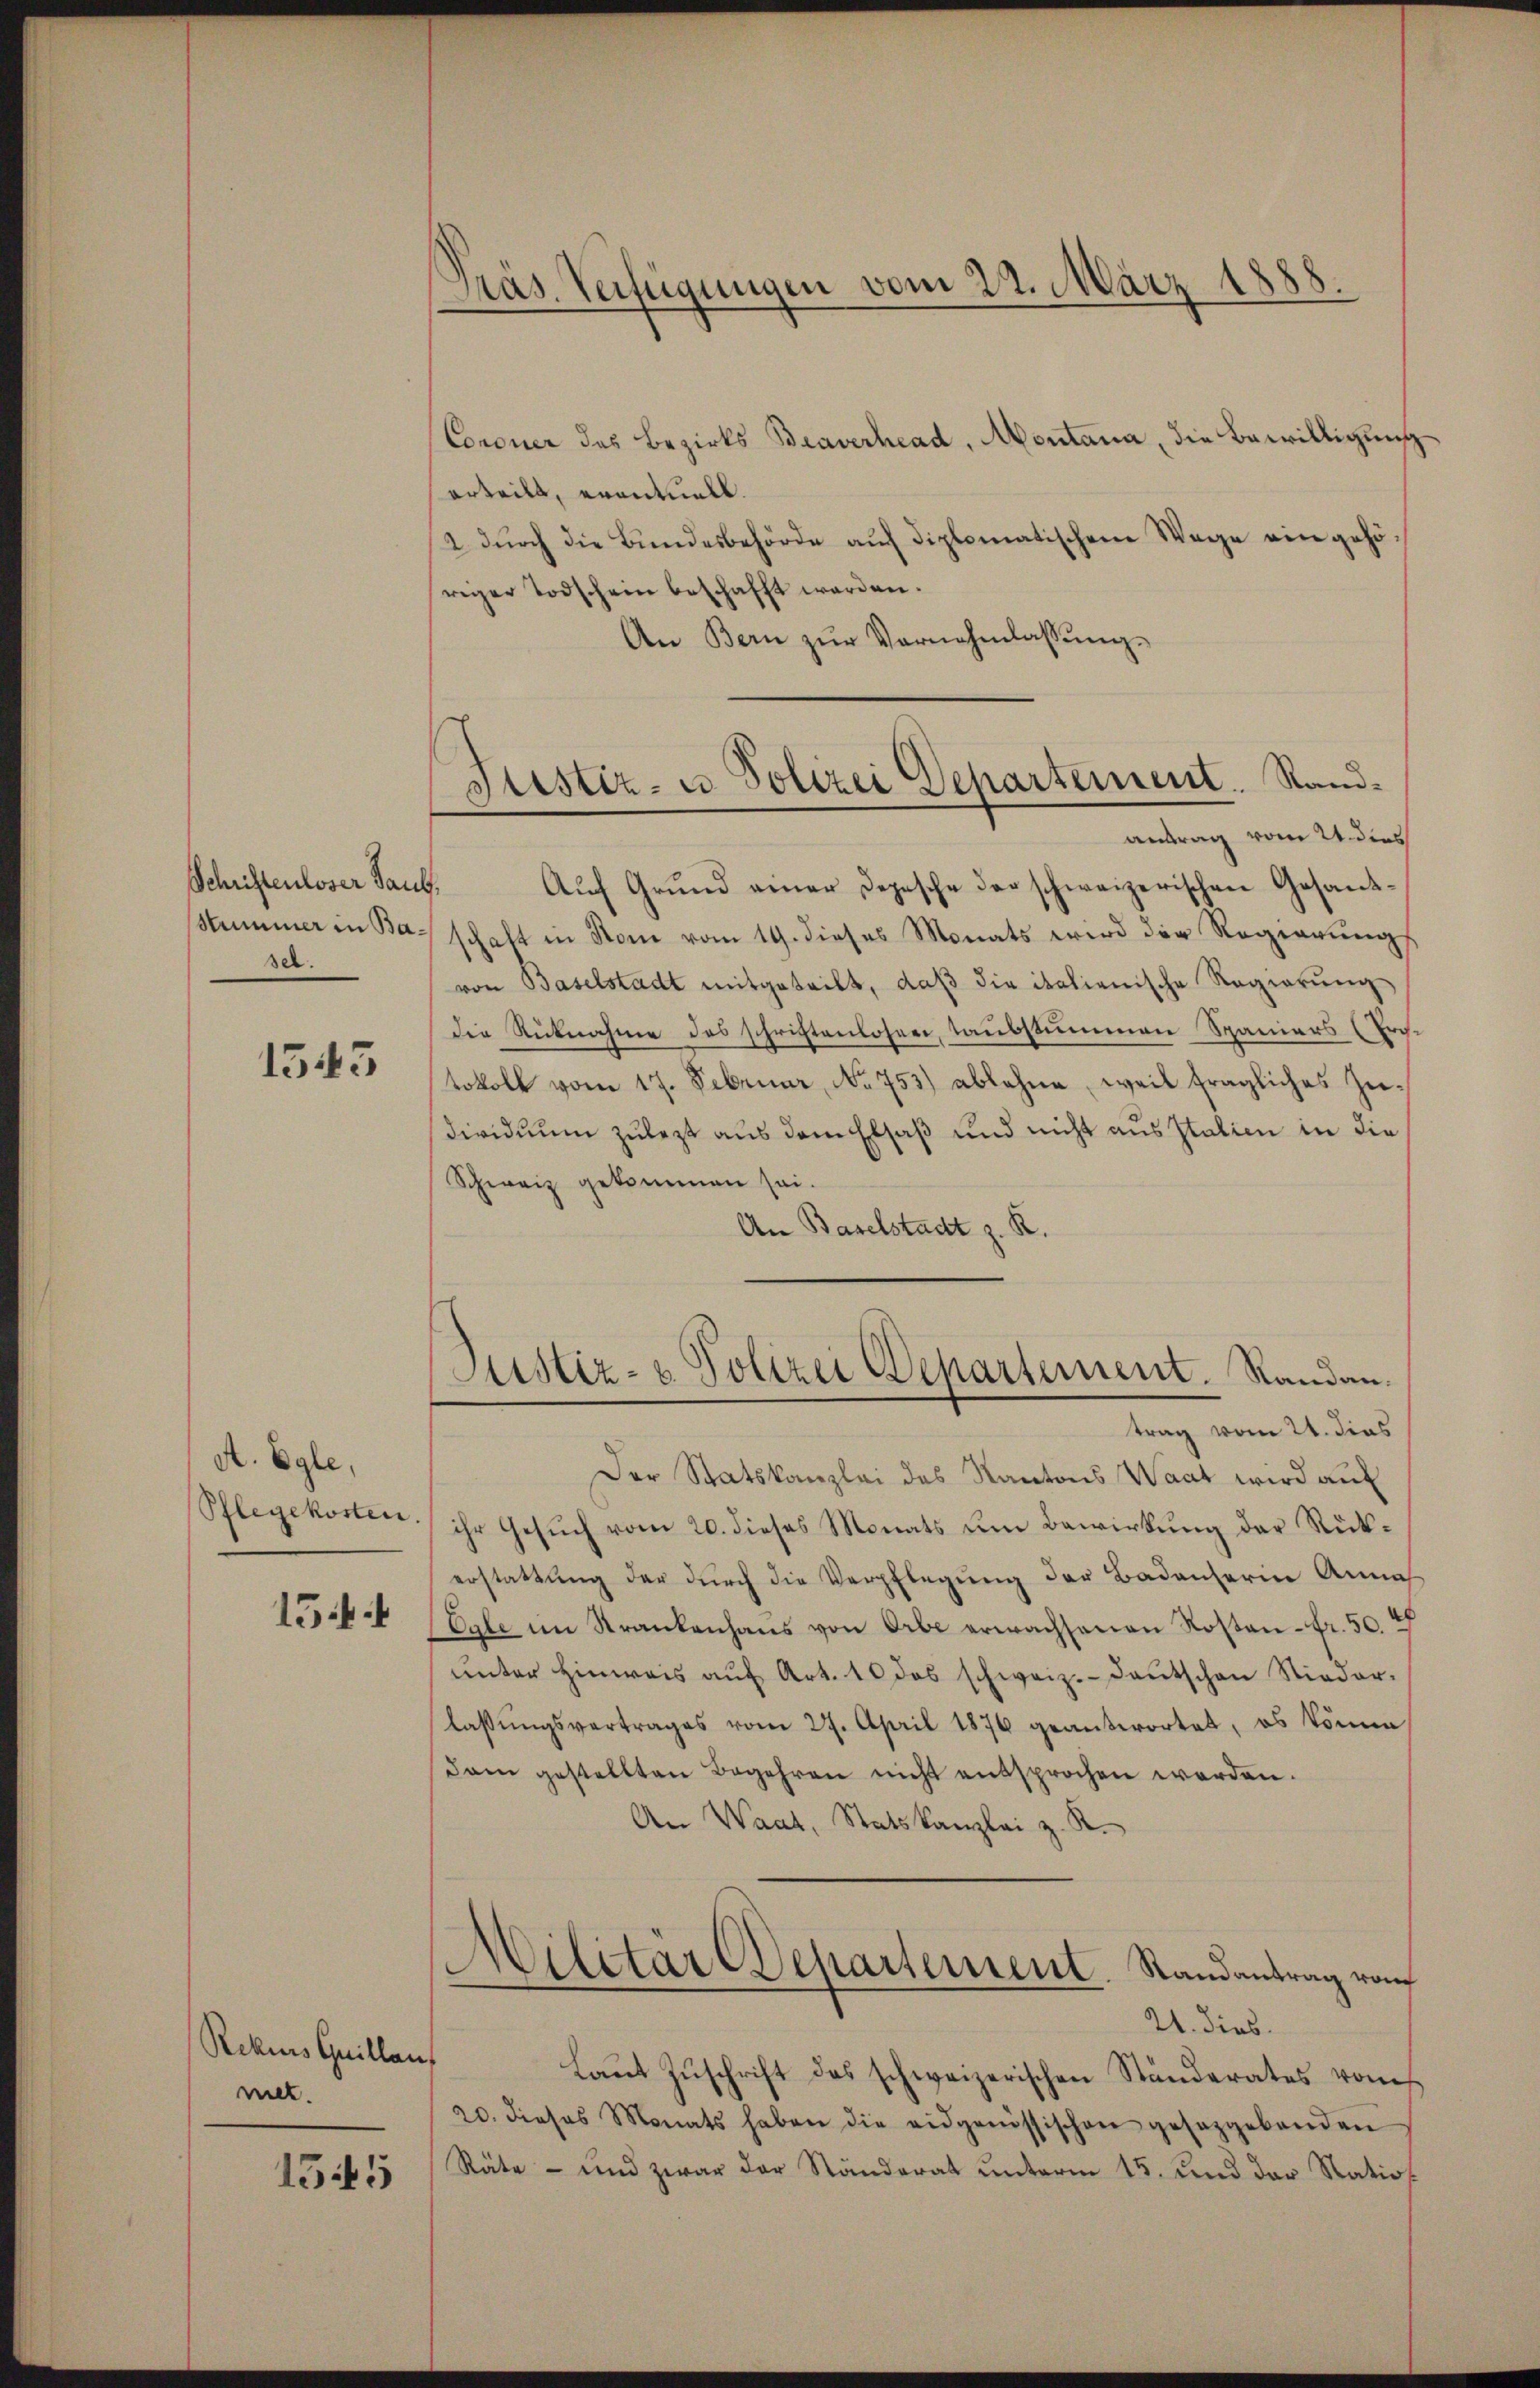
sel.

1545

A. Egle,
Pflegekosten.

154

Rekis Quillan
wiet.

1545

Präs. Verfügungen vom 22. März 1888.

Coroner des Bezirks Braverhead, Montana, die Bewilligung
erteilt, eventuell.
2 durch die Bundesbehörde auf diplomatischen Wege ein gehöriger Todschein beschafft werden.
An Bern zŭr Vernehmlassŭng.
Schriftenloser Saub. Auf Grund einer Depesche der schweizerischen Gesand¬
Stummer in Barschaft in Rom vom 19. dieses Monats wird der Regierung
von Baselstadt mitgeteilt, daß die italienische Regierung
die Rücknahme des schriftenlosen, taubstummen Spaniers (Protokoll vom 17. Februar, No 753.) ablehne, weil fragliches Züdividuum zulezt aus dem Elsaß und nicht aus Italien in die
Schweiz gekommen sei.
An Baselstadt z. R.
Justiz- & Polizei Departement. Randau.
trag vom 21. dies
Der Statskanzlei des Kantons Waat wird auf
ihr Gesuch vom 20. dieses Monats um Bewirkung der Rückerstattung der durch die Verpflegung der Badenserin Annah
Egle im Krankenhaŭs von Orbe erwachsenen Kosten-Fr. 50. 47
ŭnter hinweis aŭf Art. 10 das schweiz. Laŭtschen Nieder.
lassungsvertrages vom 27. April 1876 geantwortet, es könne
dam gestellten Begehren nicht entsprochen werden.
An Waat, Statskanzlei z. R.
Militär Departement. Randantrag vom
21. dies
Laŭt Zŭschrift des schweizerischen Ständerates von
20. dieses Monats haben die eidgenössischen gesetzgebenden
Räte - und zwar der Ständerat unterm 15. und der Station.

Stistiz- u Polizei Departement. Randantrag vom 24. dies